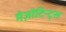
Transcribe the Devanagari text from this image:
मेज़ोटिन्ट्स